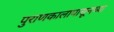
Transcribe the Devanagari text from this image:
पुराणकालापासूनच्या